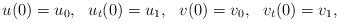
LaTeX: \begin{align*} u(0)=u_0,~~u_t(0)=u_1,~~ v(0)=v_0,~~v_t(0)=v_1,\end{align*}